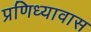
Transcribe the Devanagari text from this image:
प्रणिध्यावास